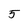
Character: 5